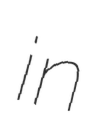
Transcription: in